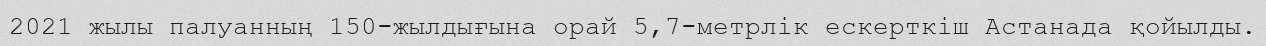
2021 жылы палуанның 150-жылдығына орай 5,7-метрлік ескерткіш Астанада қойылды.